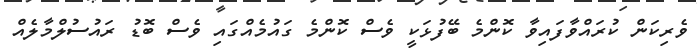
ވެރިކަން ކުރައްވާފައިވާ ކޮންމެ ބޭފުޅަކީ ވެސް ކޮންމެ ގައުމެއްގައި ވެސް ބޮޑު ރައުސުލްމާލެއް